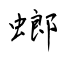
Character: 螂